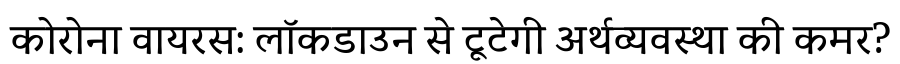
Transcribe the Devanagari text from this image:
कोरोना वायरस: लॉकडाउन से टूटेगी अर्थव्यवस्था की कमर?